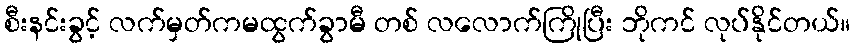
စီးနင်းခွင့် လက်မှတ်ကမထွက်ခွာမီ တစ် လလောက်ကြိုပြီး ဘိုကင် လုပ်နိုင်တယ်။